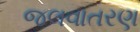
જલવાતરણ